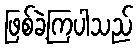
ဖြစ်ခဲ့ကြပါသည်